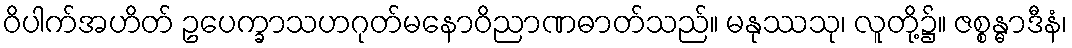
ဝိပါက်အဟိတ် ဥပေက္ခာသဟဂုတ်မနောဝိညာဏဓာတ်သည်။ မနုဿသု၊ လူတို့၌။ ဇစ္စန္ဓာဒီနံ၊